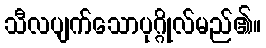
သီလပျက်သောပုဂ္ဂိုလ်မည်၏။